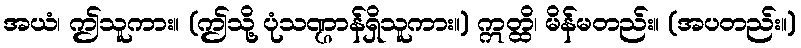
အယံ၊ ဤသူကား။ (ဤသို့ ပုံသဏ္ဌာန်ရှိသူကား။) ဣတ္ထိ၊ မိန်မတည်း။ (အပတည်း။)